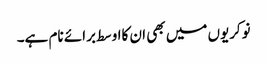
نوکریوں میں بھی ان کااوسط برائے نام ہے۔